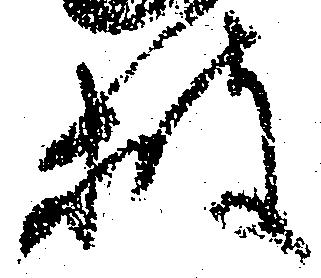
披